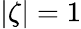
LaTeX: \lvert\zeta\rvert=1